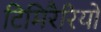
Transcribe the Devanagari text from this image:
टिमिरैरियो